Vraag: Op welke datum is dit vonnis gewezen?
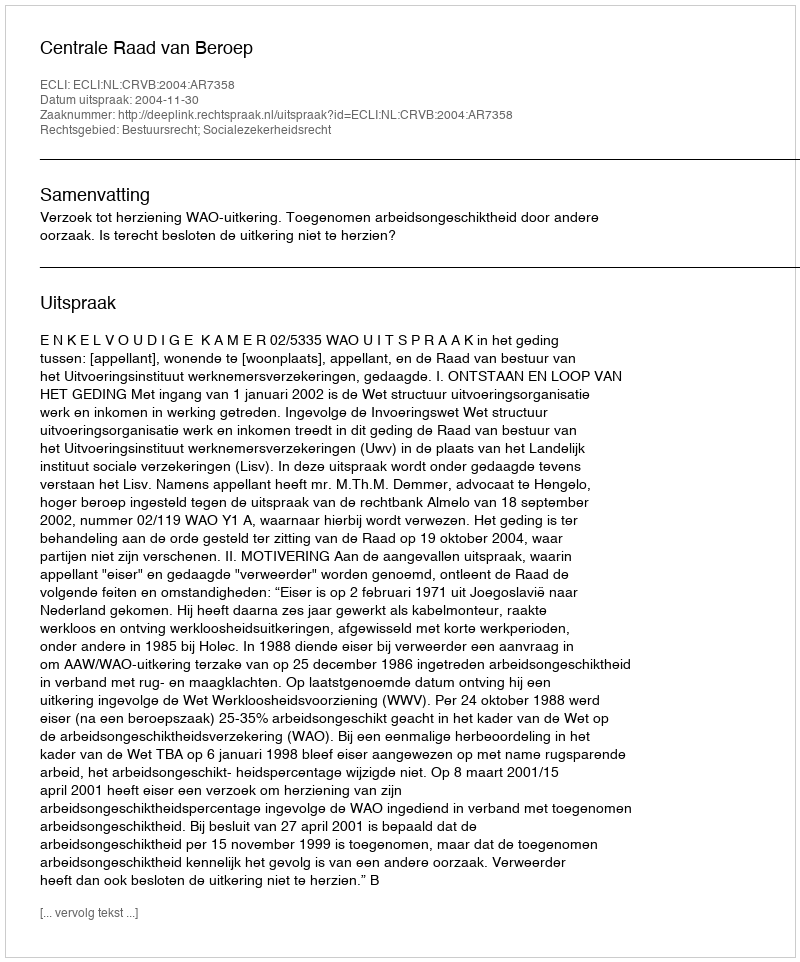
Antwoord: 2004-11-30